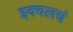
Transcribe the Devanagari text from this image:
इक्वलचं